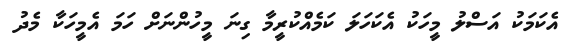
އެކަމަކު އަސްލު މީީީީީީހަކު އެކަހަލަ ކަަަަަަމެއްކުރީމާ ގިނަ މީހުންނަށް ހަމަ އެމީހަކާ މެދު